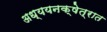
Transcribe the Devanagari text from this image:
अध्ययनक्षेत्रात